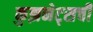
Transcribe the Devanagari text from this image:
कुझनेट्सची